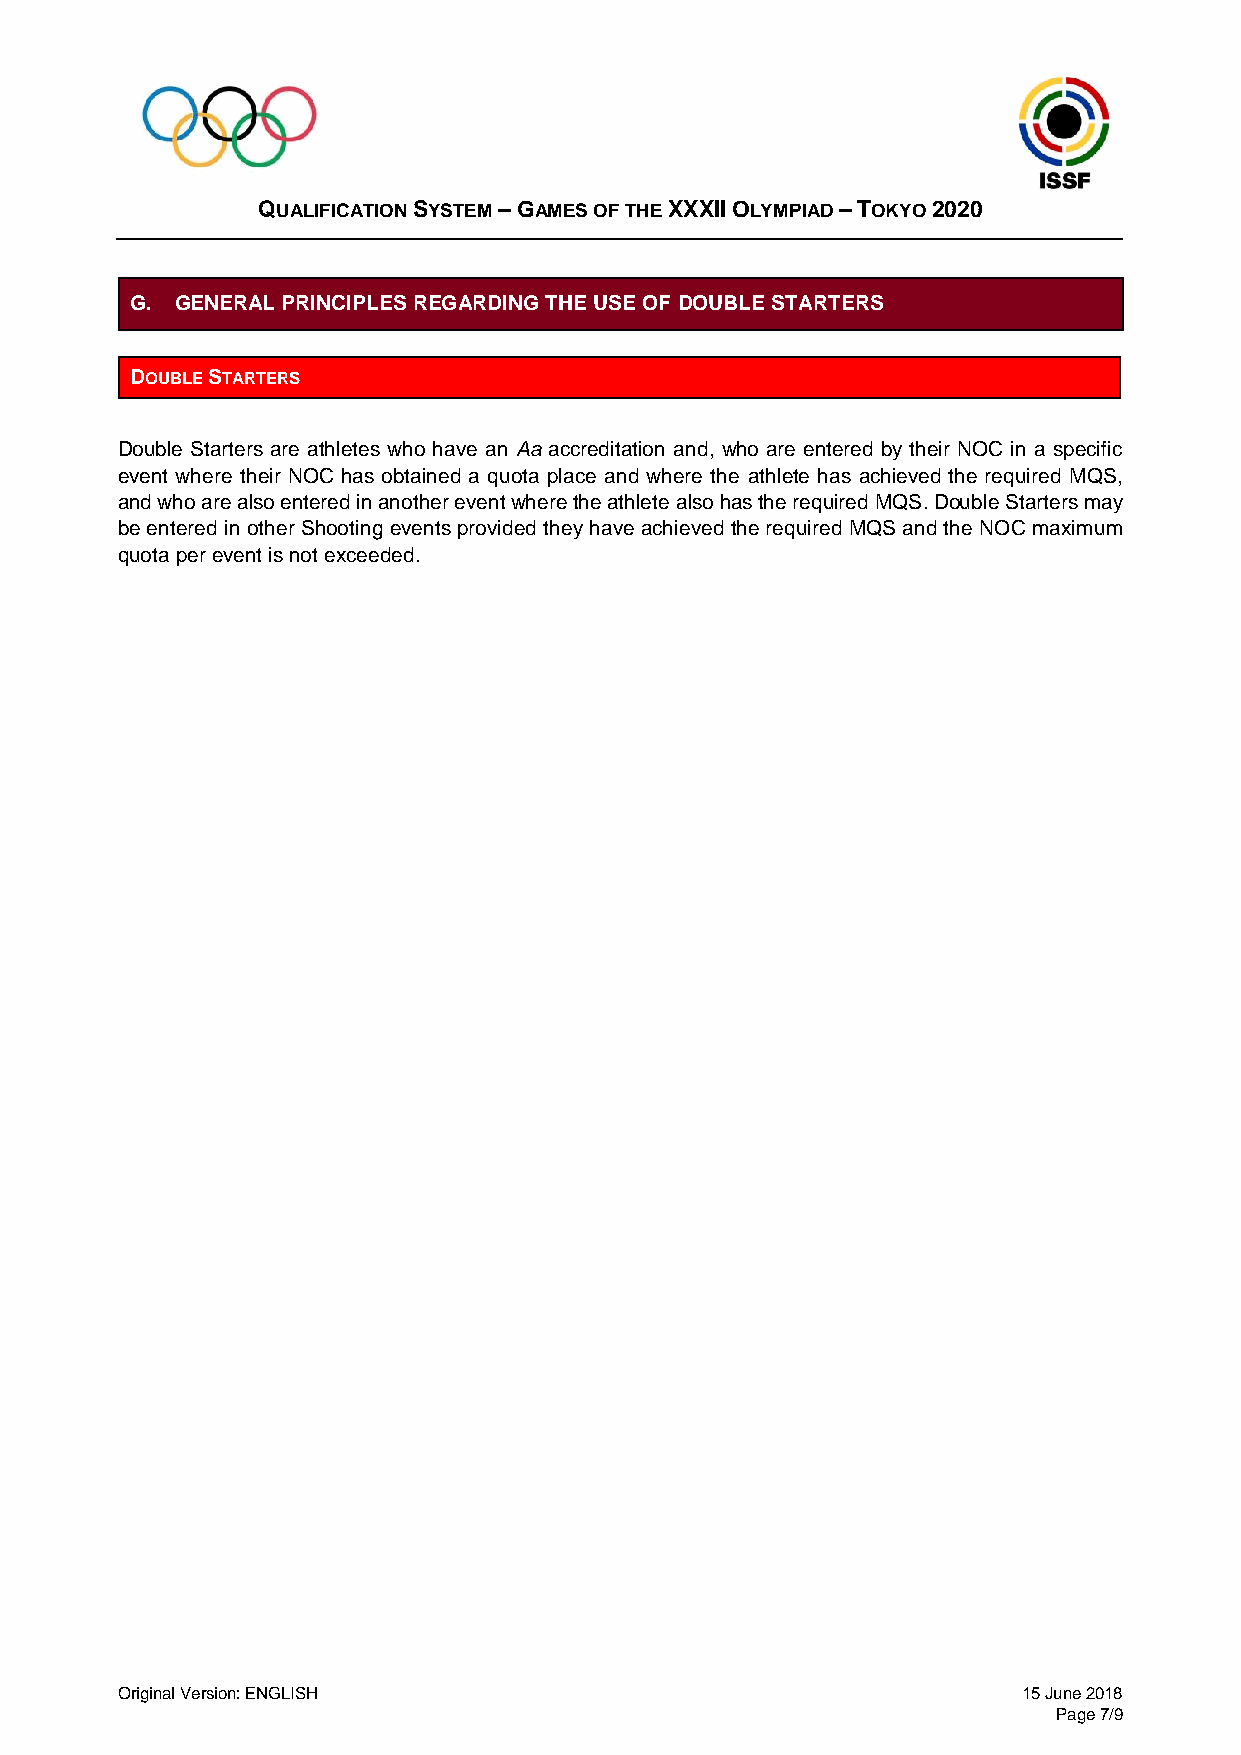
QUALIFICATION SYSTEM – GAMES OF THE XXXII OLYMPIAD – TOKYO 2020
 G. GENERAL PRINCIPLES REGARDING THE USE OF DOUBLE STARTERS
 DOUBLE STARTERS
 Double Starters are athletes who have an Aa accreditation and, who are entered by their NOC in a specific
 event where their NOC has obtained a quota place and where the athlete has achieved the required MQS,
 and who are also entered in another event where the athlete also has the required MQS. Double Starters may
 be entered in other Shooting events provided they have achieved the required MQS and the NOC maximum
 quota per event is not exceeded.
 Original Version: ENGLISH                                   15 June 2018
 Page 7/9